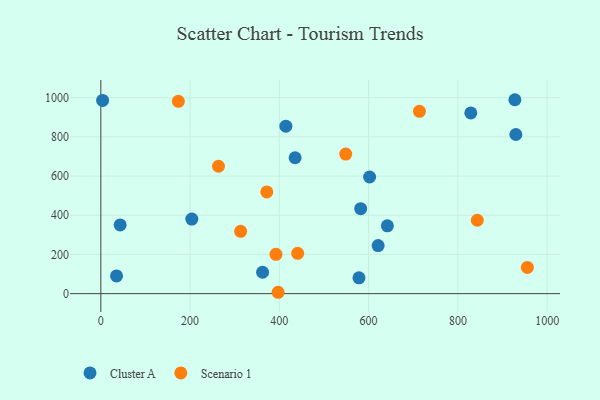
{"axis": {"x": "Speed", "y": "Fuel Efficiency"}, "legend": ["Cluster A", "Scenario 1"], "data": [{"x": "362.4", "y": 109.3, "type": "Cluster A"}, {"x": "602.2", "y": 595.2, "type": "Cluster A"}, {"x": "927.7", "y": 989.6, "type": "Cluster A"}, {"x": "582.2", "y": 433.5, "type": "Cluster A"}, {"x": "43.3", "y": 350.8, "type": "Cluster A"}, {"x": "642.0", "y": 345.9, "type": "Cluster A"}, {"x": "828.9", "y": 922.1, "type": "Cluster A"}, {"x": "414.6", "y": 854.4, "type": "Cluster A"}, {"x": "578.4", "y": 80.6, "type": "Cluster A"}, {"x": "929.9", "y": 812.1, "type": "Cluster A"}, {"x": "4.0", "y": 986.2, "type": "Cluster A"}, {"x": "435.3", "y": 693.4, "type": "Cluster A"}, {"x": "621.3", "y": 245.5, "type": "Cluster A"}, {"x": "203.8", "y": 380.3, "type": "Cluster A"}, {"x": "35.2", "y": 90.3, "type": "Cluster A"}, {"x": "397.2", "y": 7.0, "type": "Scenario 1"}, {"x": "173.7", "y": 981.4, "type": "Scenario 1"}, {"x": "441.0", "y": 205.6, "type": "Scenario 1"}, {"x": "371.9", "y": 519.3, "type": "Scenario 1"}, {"x": "313.2", "y": 318.2, "type": "Scenario 1"}, {"x": "548.7", "y": 712.3, "type": "Scenario 1"}, {"x": "263.6", "y": 650.2, "type": "Scenario 1"}, {"x": "392.4", "y": 200.8, "type": "Scenario 1"}, {"x": "955.7", "y": 133.8, "type": "Scenario 1"}, {"x": "713.8", "y": 930.3, "type": "Scenario 1"}, {"x": "843.5", "y": 374.5, "type": "Scenario 1"}]}